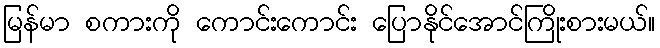
မြန်မာ စကားကို ကောင်းကောင်း ပြောနိုင်အောင်ကြိုးစားမယ်။